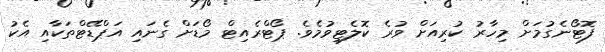
ފޮޓޯނެގުމަށް މިހާރު ކުރިއަށް ވުރެ ކޮލެޓިވުމެވެ. ޕޯޓްރެއިޓް މޯޑަށް ގެނައި އަޕްޑޭޓްތަކާއި އެކު